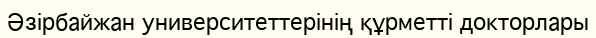
Әзірбайжан университеттерінің құрметті докторлары